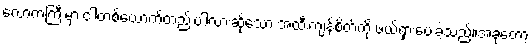
လောကကြီးမှာ ငါတစ်ယောက်တည်းပါလားဆိုသော အထီးကျန်စိတ်ကို ဖယ်ရှားပေးခဲ့သည်။အခုတော့